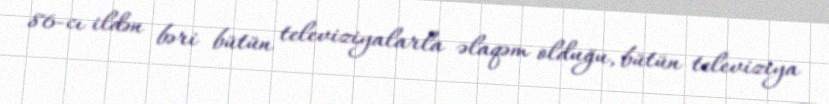
86-cı ildən bəri bütün televiziyalarla əlaqəm olduğu, bütün televiziya